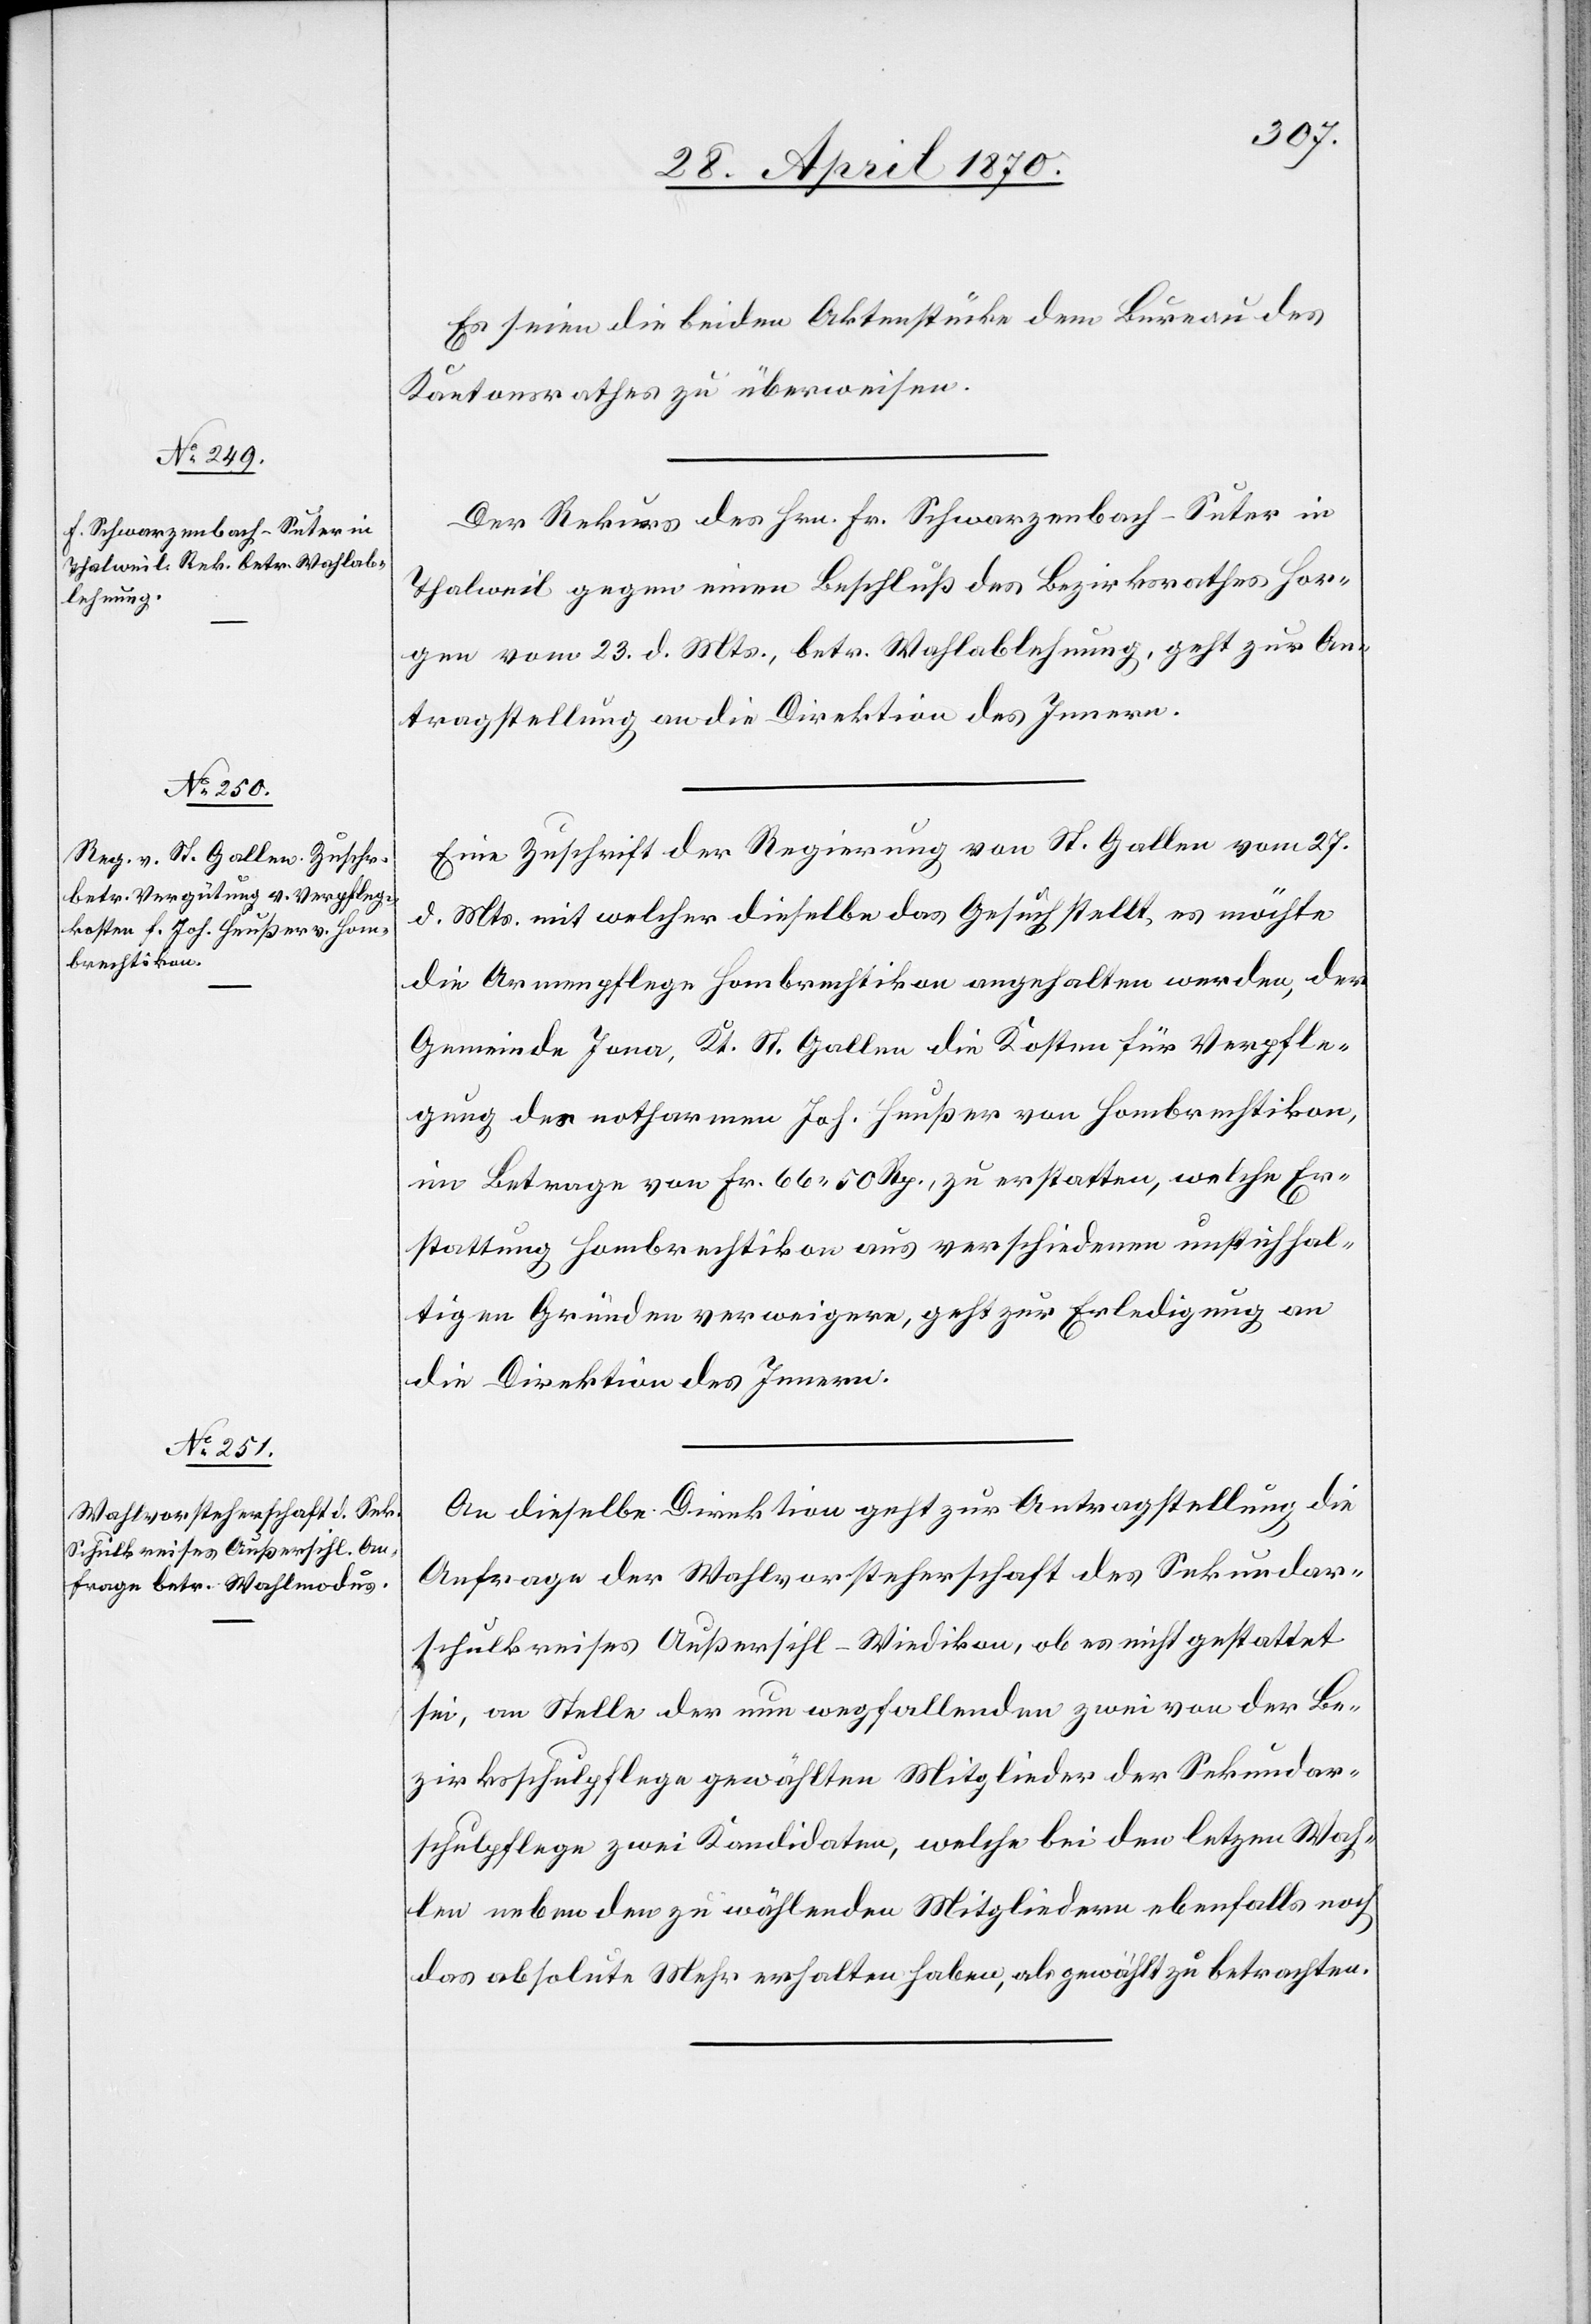
29. April 1870.]
Es seien die beiden Aktenstücke dem Bureau des
Kantonsrathes zu überweisen.
Der Rekurs des Hrn. Fr. Schwarzenbach-Suter in
Thalweil gegen einen Beschluß des Bezirksrathes Hor¬
gen vom 23. d. Mts., betr. Wahlablehnung, geht zur An¬
tragstellung an die Direktion des Innern.
Eine Zuschrift der Regierung von St. Gallen vom 27.
d. Mts. mit welcher dieselbe das Gesuch stellt, es möchte
die Armenpflege Hombrechtikon angehalten werden, der
Gemeinde Jona, Kt. St. Gallen die Kosten für Verpfle¬
gung des notharmen Joh. Heußer von Hombrechtikon,
im Betrage von Fr. 66.50 Rp. zu erstatten, welche Er¬
stattung Hombrechtikon aus verschiedenen unstichhal¬
tigen Gründen verweigere, geht zur Erledigung an
die Direktion des Innern.
An dieselbe Direktion geht zur Antragstellung die
Anfrage der Wahlvorsteherschaft des Sekundar¬
schulkreises Außersihl-Wiedikon, ob es nicht gestattet
sei, an Stelle der nun wegfallenden zwei von der Be¬
zirksschulpflege gewählten Mitglieder der Sekundar¬
schulpflege zwei Kandidaten, welche bei den letzten Wah¬
len neben den zu wählenden Mitgliedern ebenfalls noch
das absolute Mehr erhalten haben, als gewählt zu betrachten.